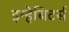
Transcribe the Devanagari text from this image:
इन्हेबिटर्स